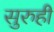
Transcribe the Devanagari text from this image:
सुरुही